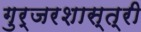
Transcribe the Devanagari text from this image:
गुर्जरशास्त्री